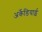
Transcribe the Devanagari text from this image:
अर्केडियाई